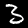
Digit: 3